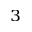
_ 3